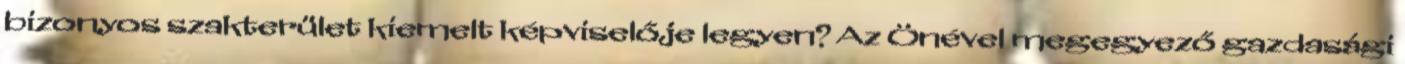
bizonyos szakterület kiemelt képviselője legyen? Az Önével megegyező gazdasági